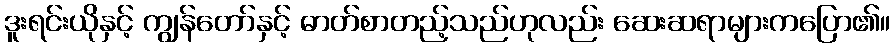
ဒူးရင်းယိုနှင့် ကျွန်တော်နှင့် ဓာတ်စာတည့်သည်ဟုလည်း ဆေးဆရာများကပြော၏။